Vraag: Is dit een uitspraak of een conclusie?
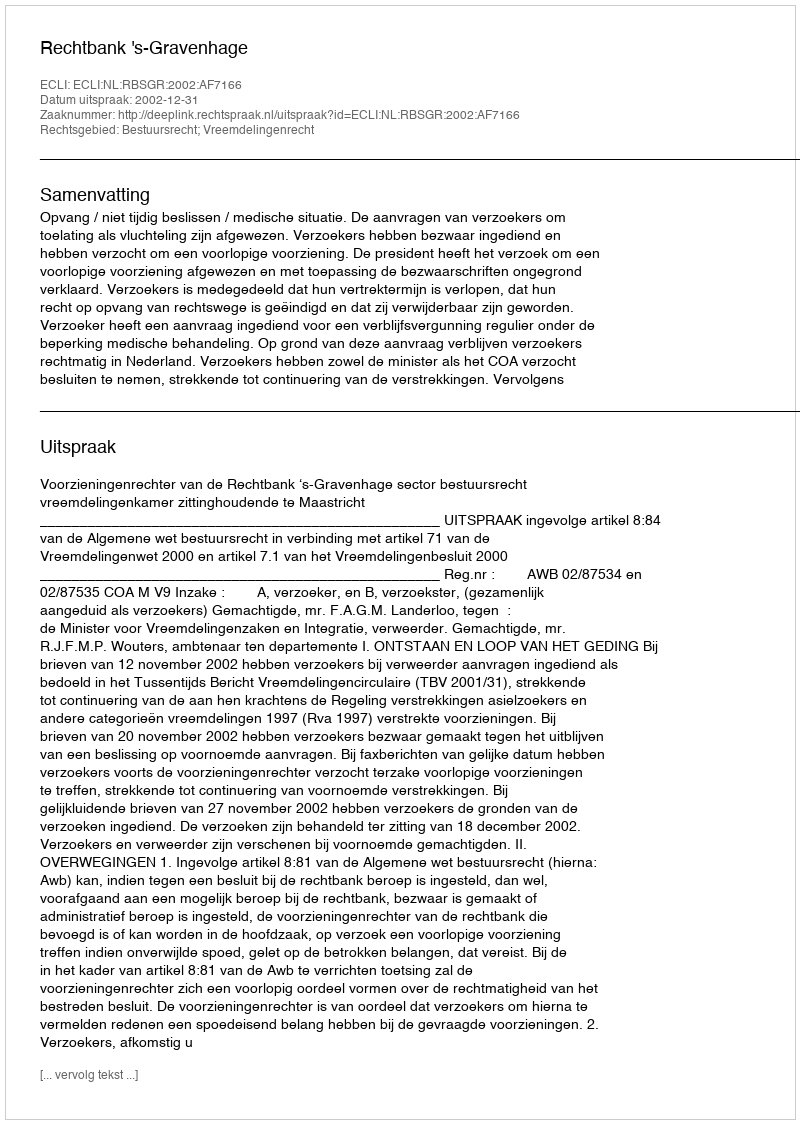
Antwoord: Uitspraak